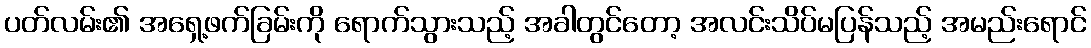
ပတ်လမ်း၏ အရှေ့ဖက်ခြမ်းကို ရောက်သွားသည့် အခါတွင်တော့ အလင်းသိပ်မပြန်သည့် အမည်းရောင်